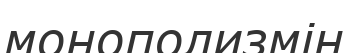
монополизмін